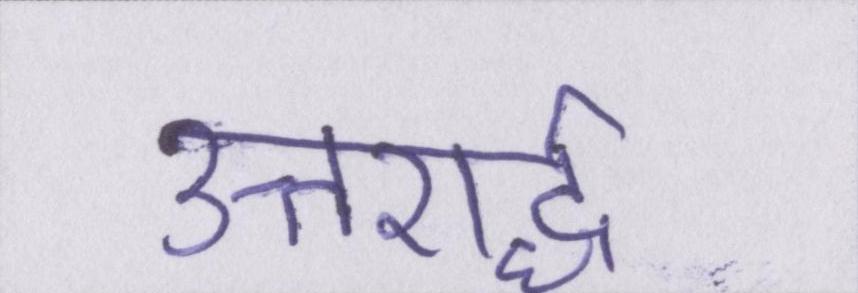
उत्तरार्द्ध